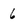
Character: 6